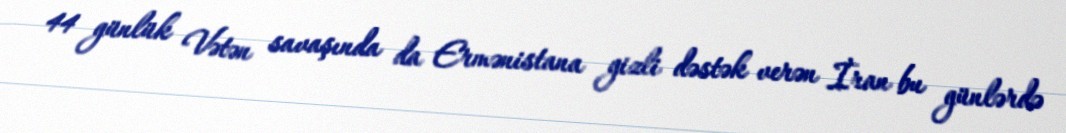
44 günlük Vətən savaşında da Ermənistana gizli dəstək verən İran bu günlərdə